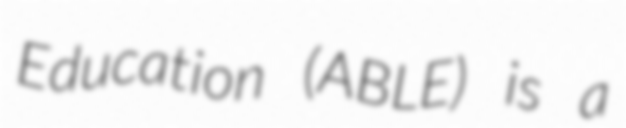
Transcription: Education (ABLE) is a